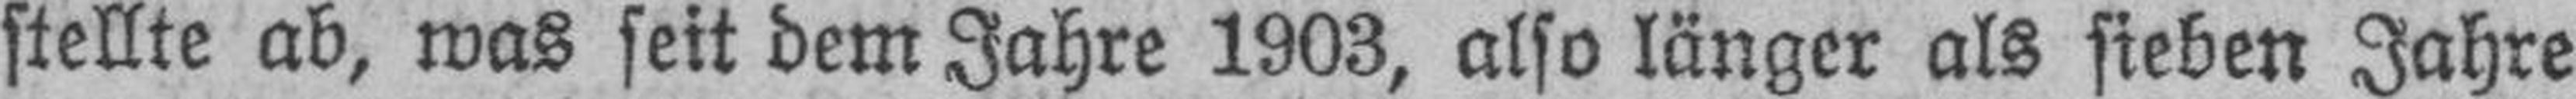
stellte ab, was seit dem Jahre 1903, also länger als sieben Jahre